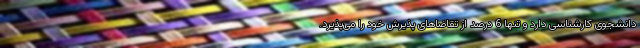
دانشجوی کارشناسی دارد و تنها 6 درصد از تقاضاهای پذیرش خود را می‌پذیرد.